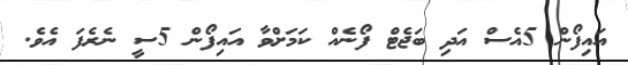
އައިފޯން 5އެސް އަދި ބަޖެޓް ފޯނެއް ކަމަށްވާ އައިފޯން 5ސީ ނެރެފަ އެވެ.